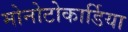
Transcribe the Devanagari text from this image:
मोनोटोकार्डिया